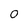
Character: O